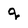
Character: q